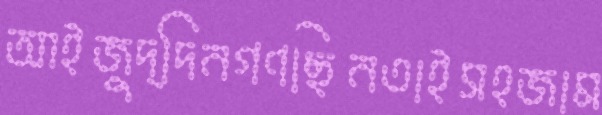
আইজুদ্দিনগণছিনতাইসহজাম